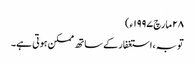
٢٨ مارچ ١٩٩٧ء)
توبہ ، استغفار کے ساتھ ممکن ہوتی ہے۔